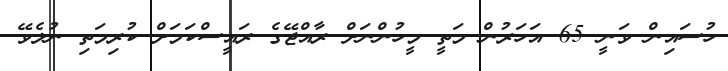
ހުސައިން ވަނީ 65 އަހަރުން މަތީ މީހުންނަށް ރާއްޖޭގެ ރައީސްކަމަށް ކުރިމަތި ނުލެވޭ